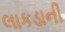
લાકડાની